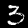
Label: 3